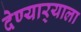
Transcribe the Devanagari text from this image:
देण्यार्‍याला